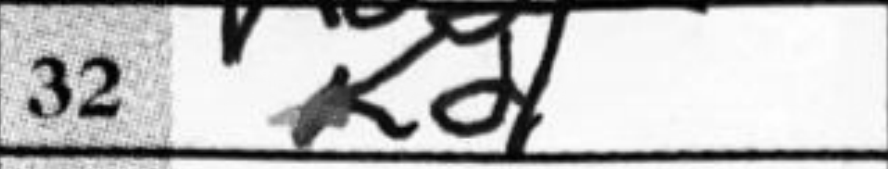
Transcription: Kd1